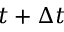
t + \Delta t